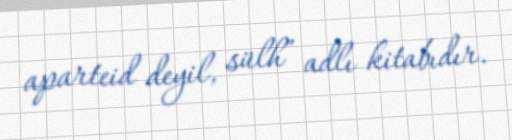
aparteid deyil, sülh” adlı kitabıdır.